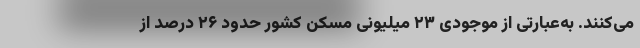
می‌کنند. به‌عبارتی از موجودی ۲۳ میلیونی مسکن کشور حدود ۲۶ درصد از